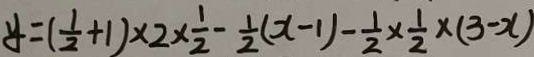
y = ( \frac { 1 } { 2 } + 1 ) \times 2 \times \frac { 1 } { 2 } - \frac { 1 } { 2 } ( x - 1 ) - \frac { 1 } { 2 } \times \frac { 1 } { 2 } \times ( 3 - x )